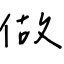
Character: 做